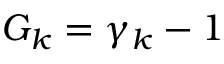
G _ { k } = \gamma _ { k } - 1